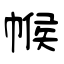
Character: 帿